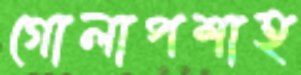
গোলাপশাহ